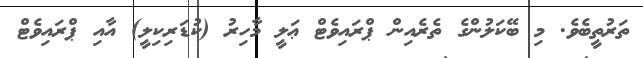
ތަރުތީބެވެ. މި ބޭކަލުންގެ ތެރެއިން ޕްރައިވެޓް ޢަލީ މާހިރު (ކުޑަރިކިލީ) އާއި ޕްރައިވެޓް